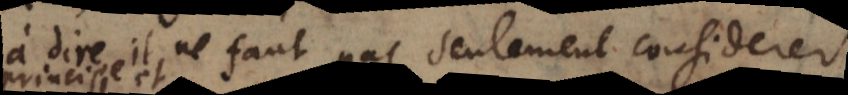
à dire il ne faut pas seulement considerer